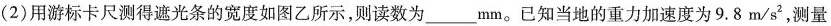
(2)用游标卡尺测得遮光条的宽度如图乙所示，则读数为___mm。已知当地的重力加速度为9.8m/s^{2}，测量